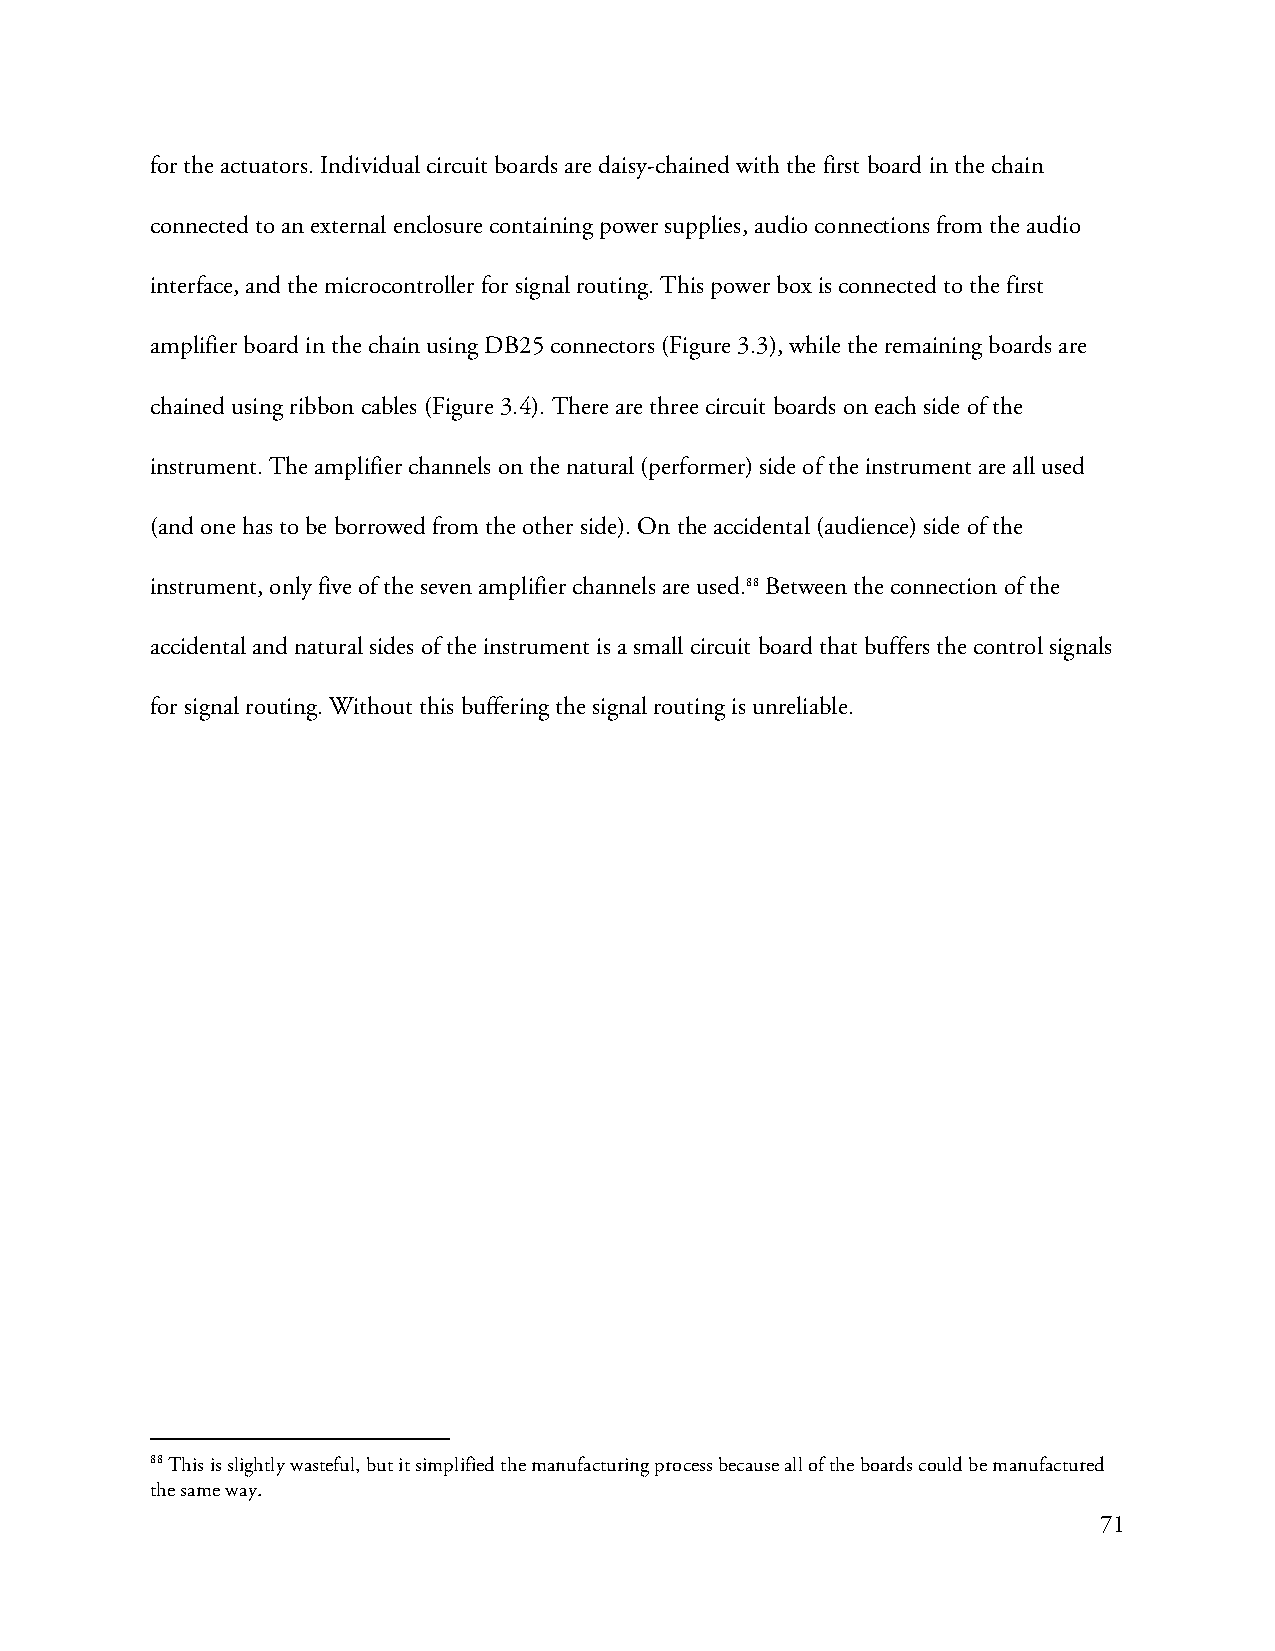
for the actuators. Individual circuit boards are daisy-chained with the first board in the chain
 connected to an external enclosure containing power supplies, audio connections from the audio
 interface, and the microcontroller for signal routing. This power box is connected to the first
 amplifier board in the chain using DB25 connectors (Figure 3.3), while the remaining boards are
 chained using ribbon cables (Figure 3.4). There are three circuit boards on each side of the
 instrument. The amplifier channels on the natural (performer) side of the instrument are all used
 (and one has to be borrowed from the other side). On the accidental (audience) side of the
 instrument, only five of the seven amplifier channels are used.88 Between the connection of the
 accidental and natural sides of the instrument is a small circuit board that buffers the control signals
 for signal routing. Without this buffering the signal routing is unreliable.
 88 This is slightly wasteful, but it simplified the manufacturing process because all of the boards could be manufactured
 the same way.
 71